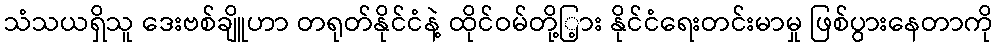
သံသယရှိသူ ဒေးဗစ်ချိူဟာ တရုတ်နိုင်ငံနဲ့ ထိုင်ဝမ်တို့ြ့ား နိုင်ငံရေးတင်းမာမှု ဖြစ်ပွားနေတာကို